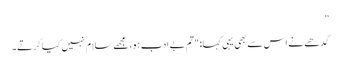
”
گدھے نے اس سے بھی یہی کہا: "تم بے ادب ہو، مجھے سلام نہیں کیا کرتے۔